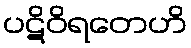
ပဋိဝိရတေဟိ